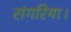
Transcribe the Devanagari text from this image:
संगरिया।